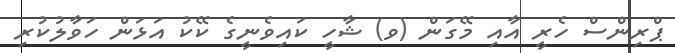
ޕްރިންސް ހެރީ އާއި މޭގަން (ވ) ޝާހީ ކައިވެނީގެ ކޭކު އަޅަން ހަވާލުކުރި